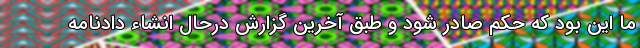
ما این بود که حکم صادر شود و طبق آخرین گزارش درحال انشاء دادنامه